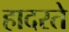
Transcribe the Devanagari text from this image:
हादरते